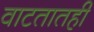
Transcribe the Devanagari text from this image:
वाटतातही